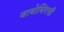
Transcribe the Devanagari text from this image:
वायोमिंगची